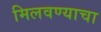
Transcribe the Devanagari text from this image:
मिलवण्याचा